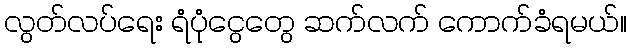
လွတ်လပ်ရေး ရံပုံငွေတွေ ဆက်လက် ကောက်ခံရမယ်။